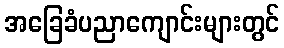
အခြေခံပညာကျောင်းများတွင်